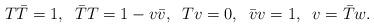
LaTeX: \begin{align*}T\bar{T}=1,\;\;\bar{T}T=1-v\bar{v},\;\;Tv=0,\;\;\bar{v}v=1,\;\;v=\bar{T}w.\end{align*}